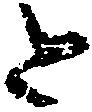
と